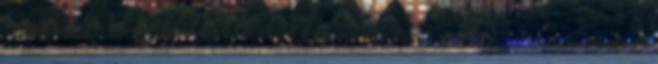
VISSZA A KEZDŐOLDALRA A kommentelés opció, a jó magaviselet